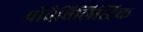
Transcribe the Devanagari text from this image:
प्रोबैबिलिस्टिक